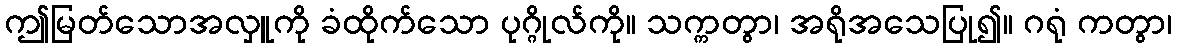
ဤမြတ်သောအလှူကို ခံထိုက်သော ပုဂ္ဂိုလ်ကို။ သက္ကတွာ၊ အရိုအသေပြု၍။ ဂရုံ ကတွာ၊